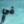
في